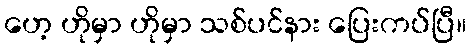
ဟေ့ ဟိုမှာ ဟိုမှာ သစ်ပင်နား ပြေးကပ်ပြီ။